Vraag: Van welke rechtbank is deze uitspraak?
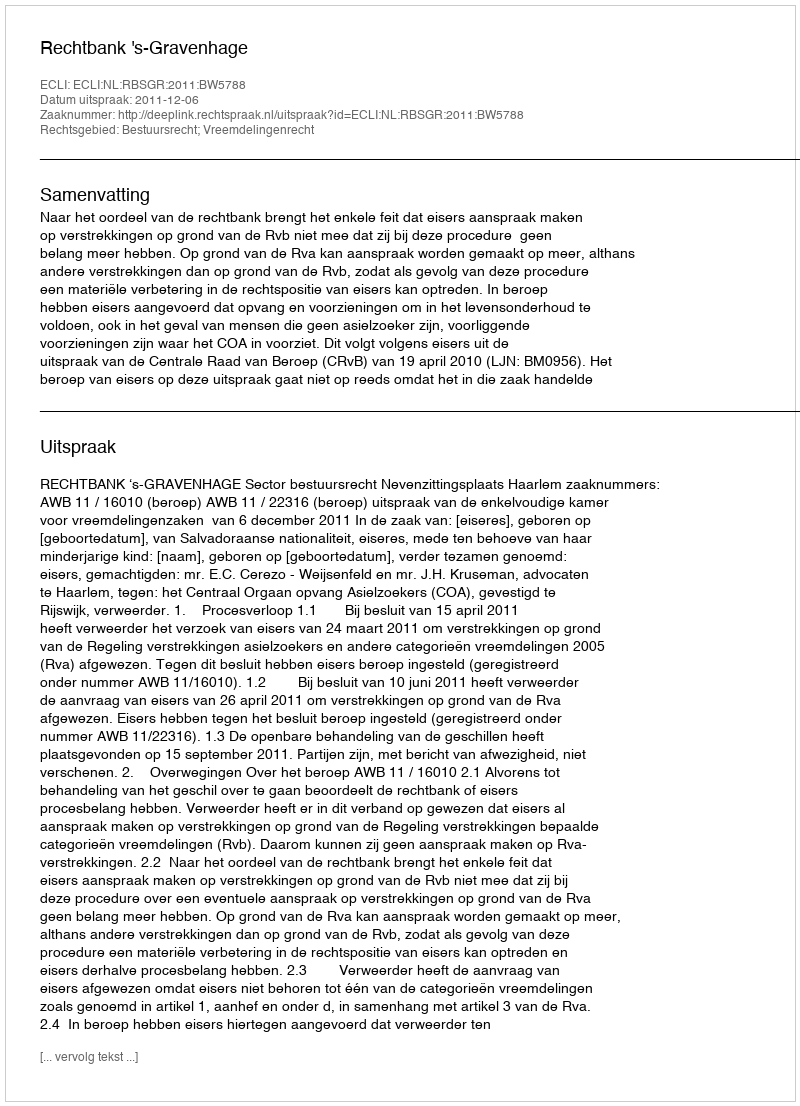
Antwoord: Rechtbank 's-Gravenhage